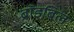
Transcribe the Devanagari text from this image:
ब्रॉडबिल